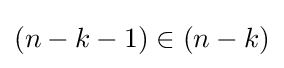
{\textstyle (n-k-1)\in (n-k)}